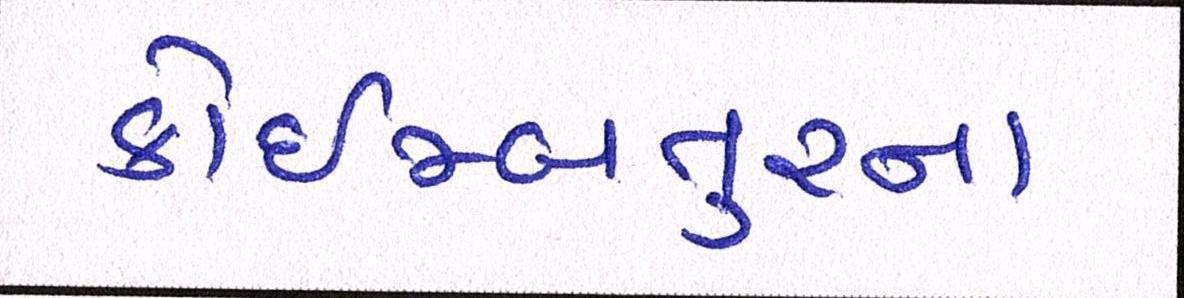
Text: કોઇમ્બતુરના